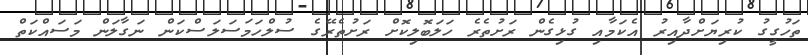
ތަހުގީގު ކުރިޔަށްދާއިރު އެކަމާއި ގުޅިގެން ރަށުތެރެ ހަލަބޮލިކޮށް ރަށުތެރޭގެ ސުލްހަމަސަލަސްކަން ނަގާލަން މަސައްކަތް